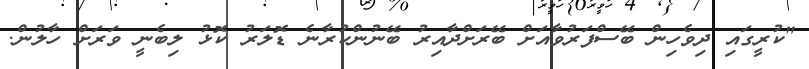
"ކުރީގައި ދިވެހިން ބޭސްފަރުވާއަށް ބޭރަށްދާއިރު ބޭނުންކުރާނެ ޑޮލަރު ކޮޅު ލިބެނީ ވަރަށް ހާލުން.